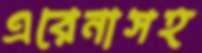
এরেনাসহ